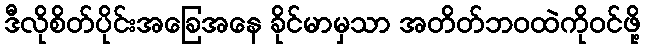
ဒီလိုစိတ်ပိုင်းအခြေအနေ ခိုင်မာမှသာ အတိတ်ဘဝထဲကိုဝင်ဖို့